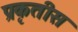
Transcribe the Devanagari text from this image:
प्रकृतीस